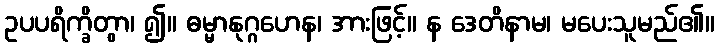
ဥပပရိက္ခိတွာ၊ ၍။ ဓမ္မာနုဂ္ဂဟေန၊ အားဖြင့်။ န ဒေတိနာမ၊ မပေးသူမည်၏။